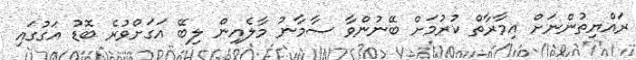
ރައްޔިތުންނަށް އިމާރާތް ކުރުމަށް ބޭނުންވާ ސާމާނު މާލެއިން ލިބޭ އަގަށްވުރެ ބޮޑު އަގުގައި